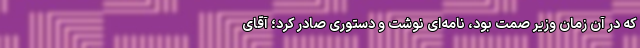
که در آن زمان وزیر صمت بود، نامه‌ای نوشت و دستوری صادر کرد؛ آقای